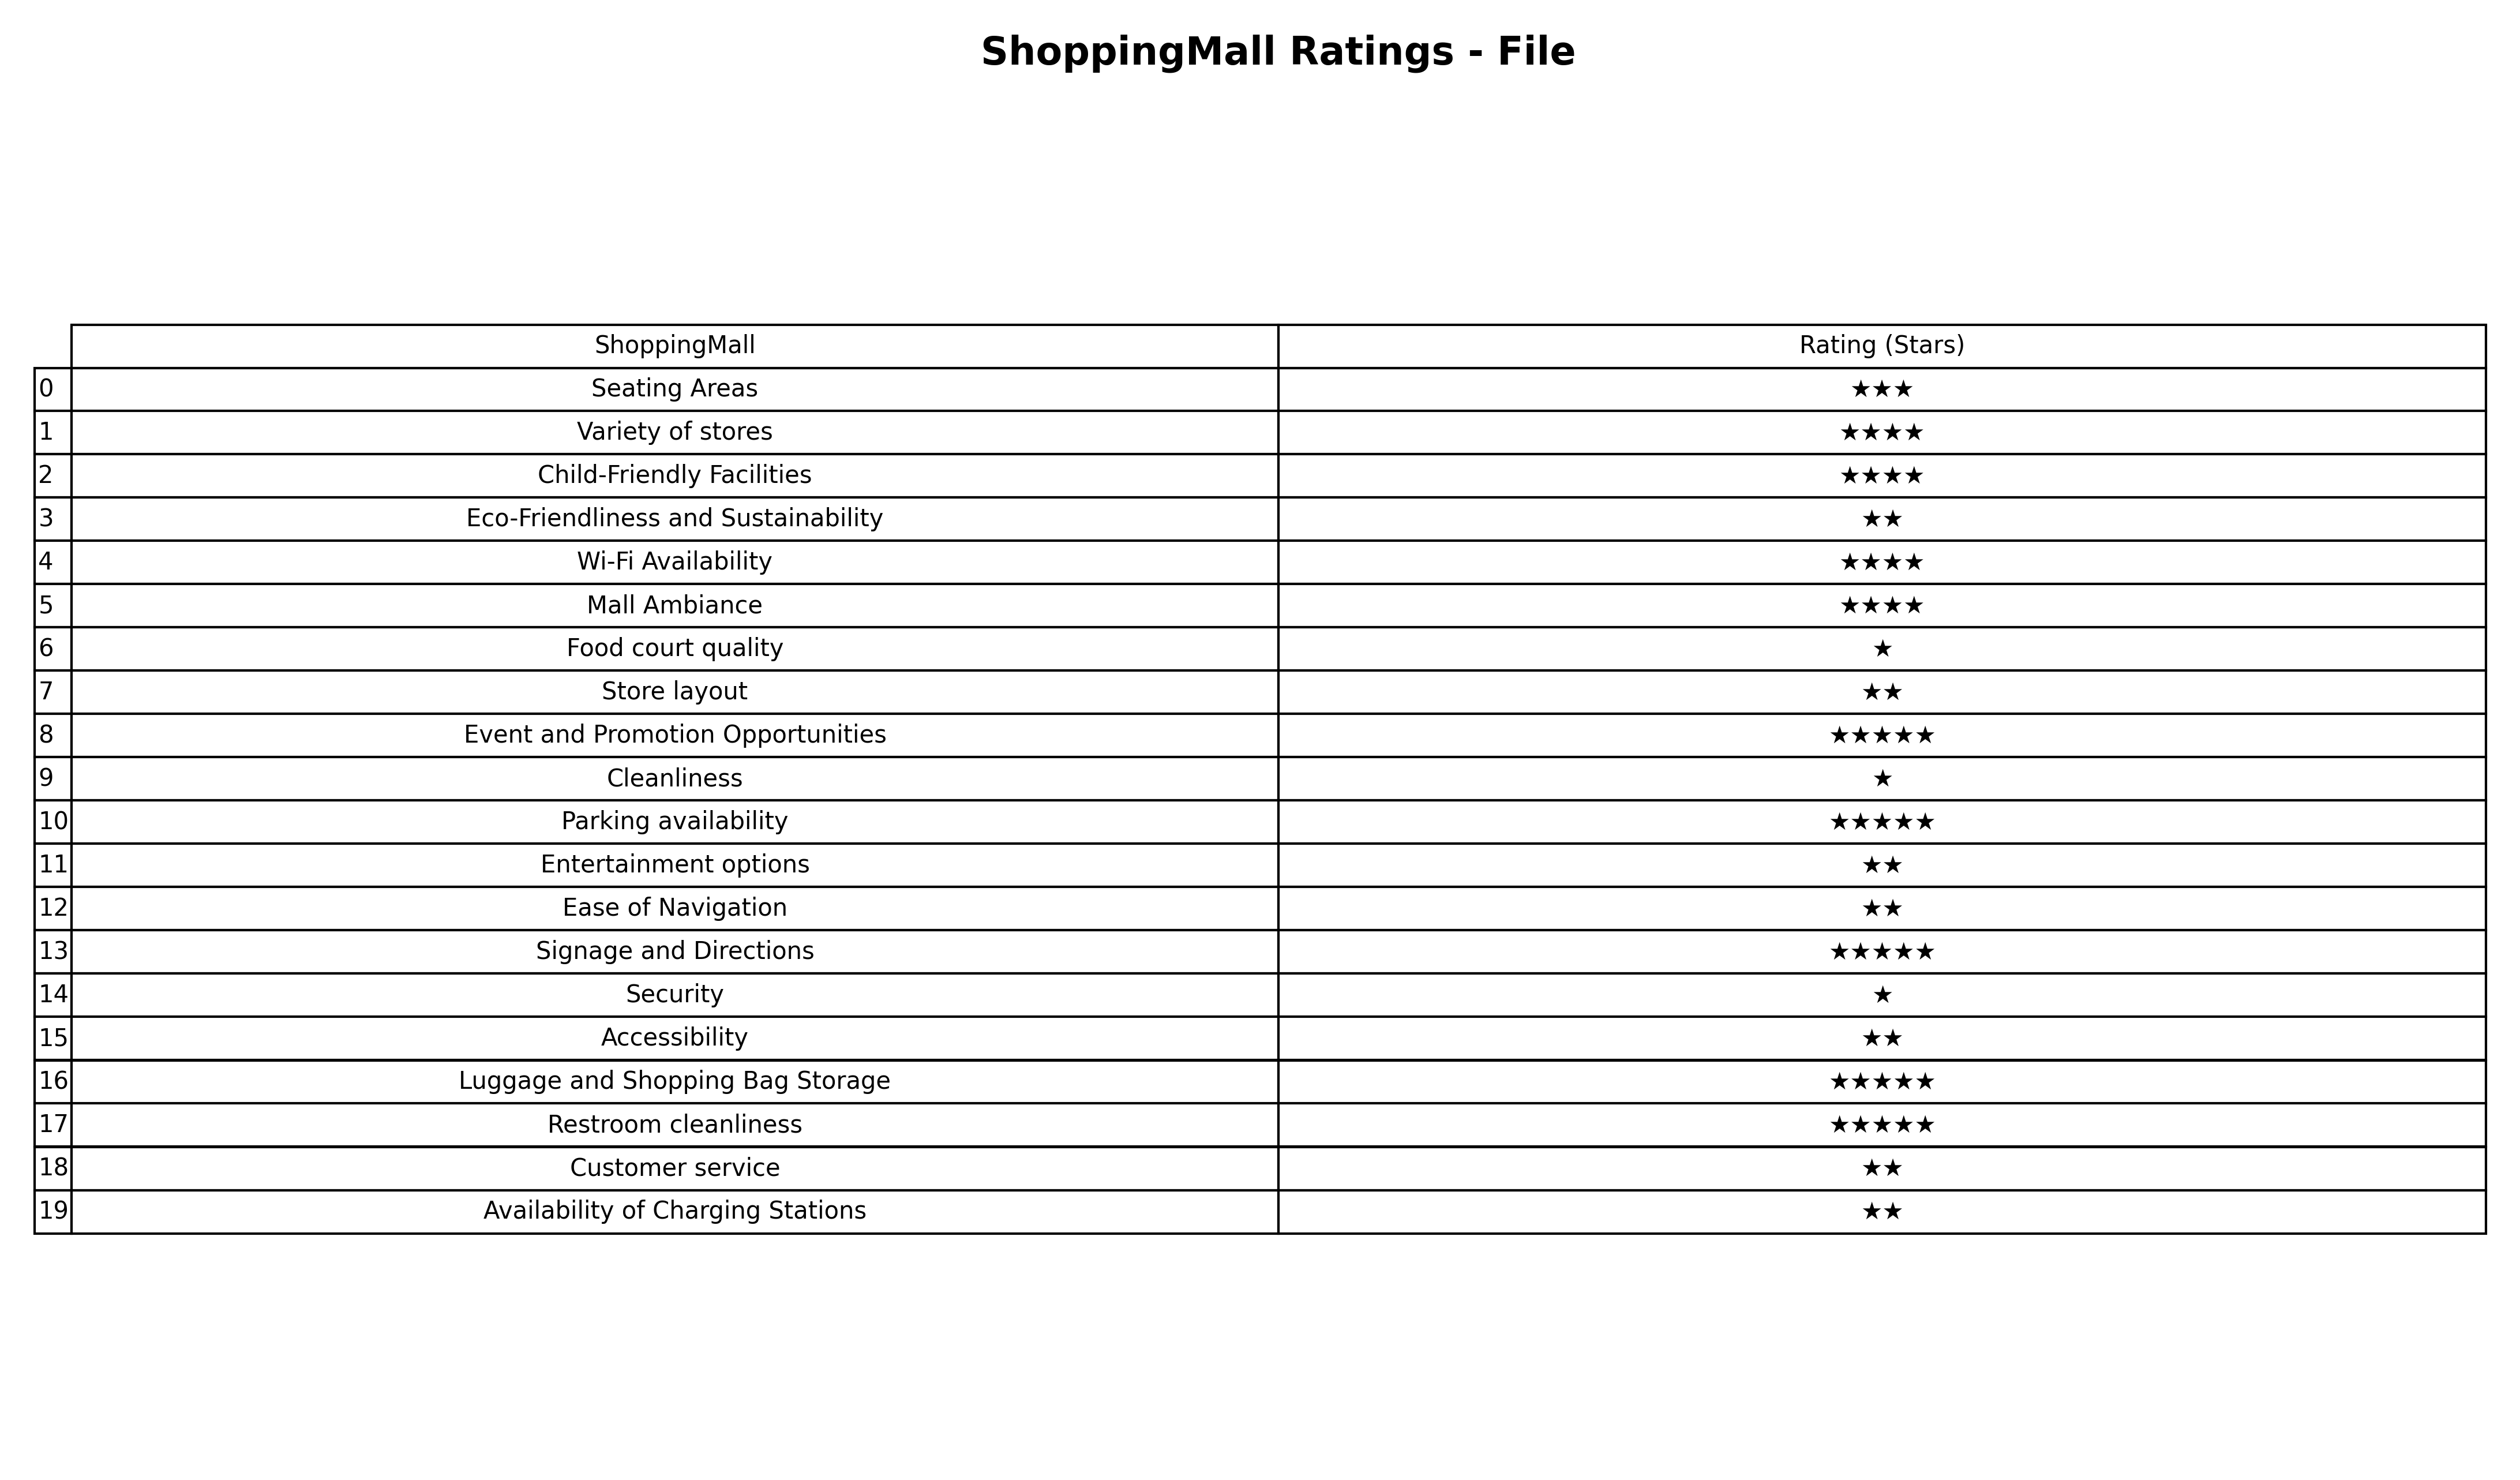
question: What are three star services?
answer: Seating Areas